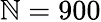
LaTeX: \mathbb{N}=900